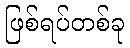
ဖြစ်ရပ်တစ်ခု